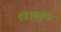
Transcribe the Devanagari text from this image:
विलक्कु